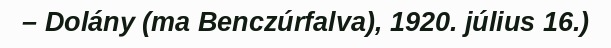
– Dolány (ma Benczúrfalva), 1920. július 16.)